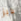
بابز